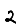
Digit: 2